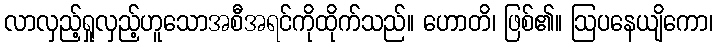
လာလှည့်ရှုလှည့်ဟူသောအစီအရင်ကိုထိုက်သည်။ ဟောတိ၊ ဖြစ်၏။ ဩပနေယျိကော၊